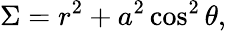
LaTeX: \Sigma=r^{2}+a^{2}\cos^{2}\theta,